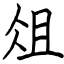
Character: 俎